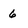
Character: 6